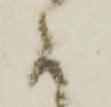
に